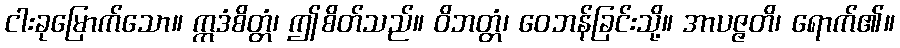
ငါးခုမြောက်သော။ ဣဒံစိတ္တံ၊ ဤစိတ်သည်။ ဝိဘတ္တံ၊ ဝေဘန်ခြင်းသို့။ အာပဇ္ဇတိ၊ ရောက်၏။